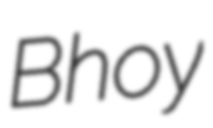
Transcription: Bhoy